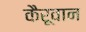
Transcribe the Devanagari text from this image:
कैरूवान